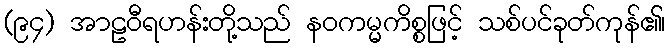
(၉၄) အာဠဝီရဟန်းတို့သည် နဝကမ္မကိစ္စဖြင့် သစ်ပင်ခုတ်ကုန်၏၊